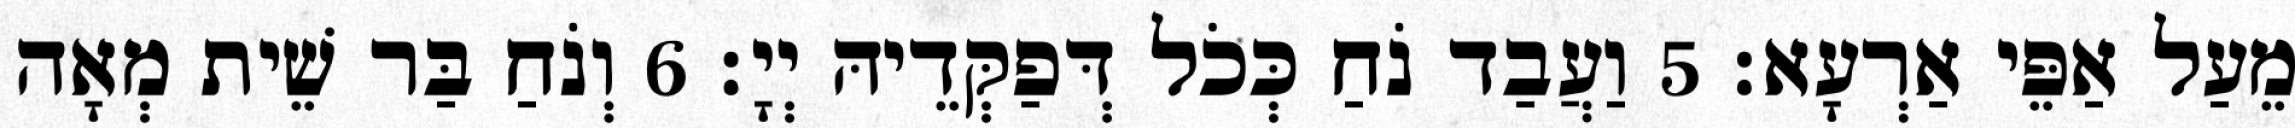
מֵעַל אַפֵּי אַרְעָא׃ 5 וַעֲבַד נֹחַ כְּכֹל דְּפַקְּדֵיהּ יְיָ׃ 6 וְנֹחַ בַּר שֵׁית מְאָה